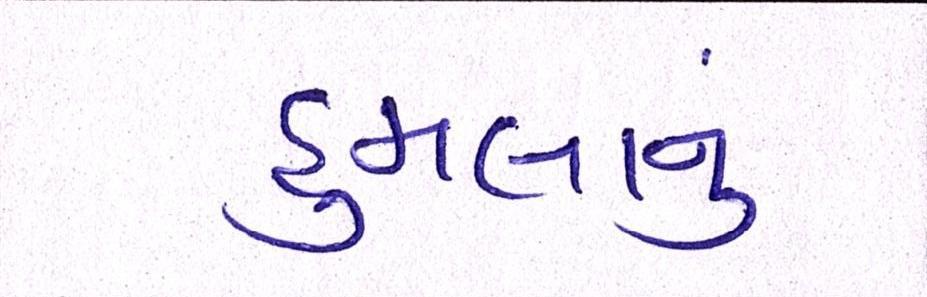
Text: હુમલાનું